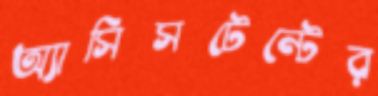
অ্যাসিসটেন্টের